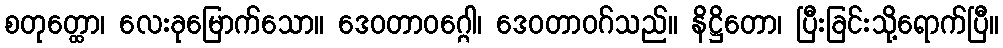
စတုတ္ထော၊ လေးခုမြောက်သော။ ဒေဝတာဝဂ္ဂေါ၊ ဒေဝတာဝဂ်သည်။ နိဋ္ဌိတော၊ ပြီးခြင်းသို့ရောက်ပြီ။